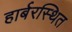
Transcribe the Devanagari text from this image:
हार्बरस्थित